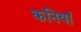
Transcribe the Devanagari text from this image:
कनियां